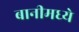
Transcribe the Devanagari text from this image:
बानीमध्ये